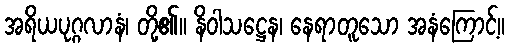
အရိယပုဂ္ဂလာနံ၊ တို့၏။ နိဝါသဋ္ဌေန၊ နေရာတူသော အနံကြောင့်။